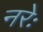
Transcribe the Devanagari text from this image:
नरेः